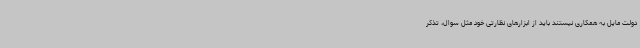
دولت مایل به همکاری نیستند باید از ابزارهای نظارتی خود مثل سوال، تذکر